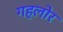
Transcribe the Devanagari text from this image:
गहलोर